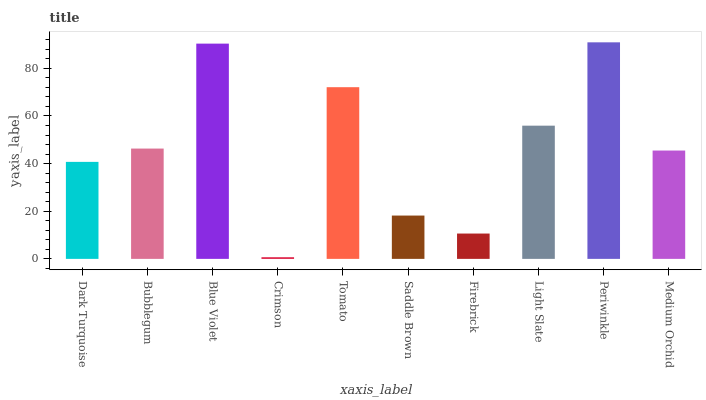
| xaxis_label | bars |
 | --- | --- |
 | Dark Turquoise | 40.7 |
 | Bubblegum | 46.3 |
 | Blue Violet | 90.4 |
 | Crimson | 0.687 |
 | Tomato | 72.1 |
 | Saddle Brown | 18.2 |
 | Firebrick | 10.6 |
 | Light Slate | 55.9 |
 | Periwinkle | 90.9 |
 | Medium Orchid | 45.5 |